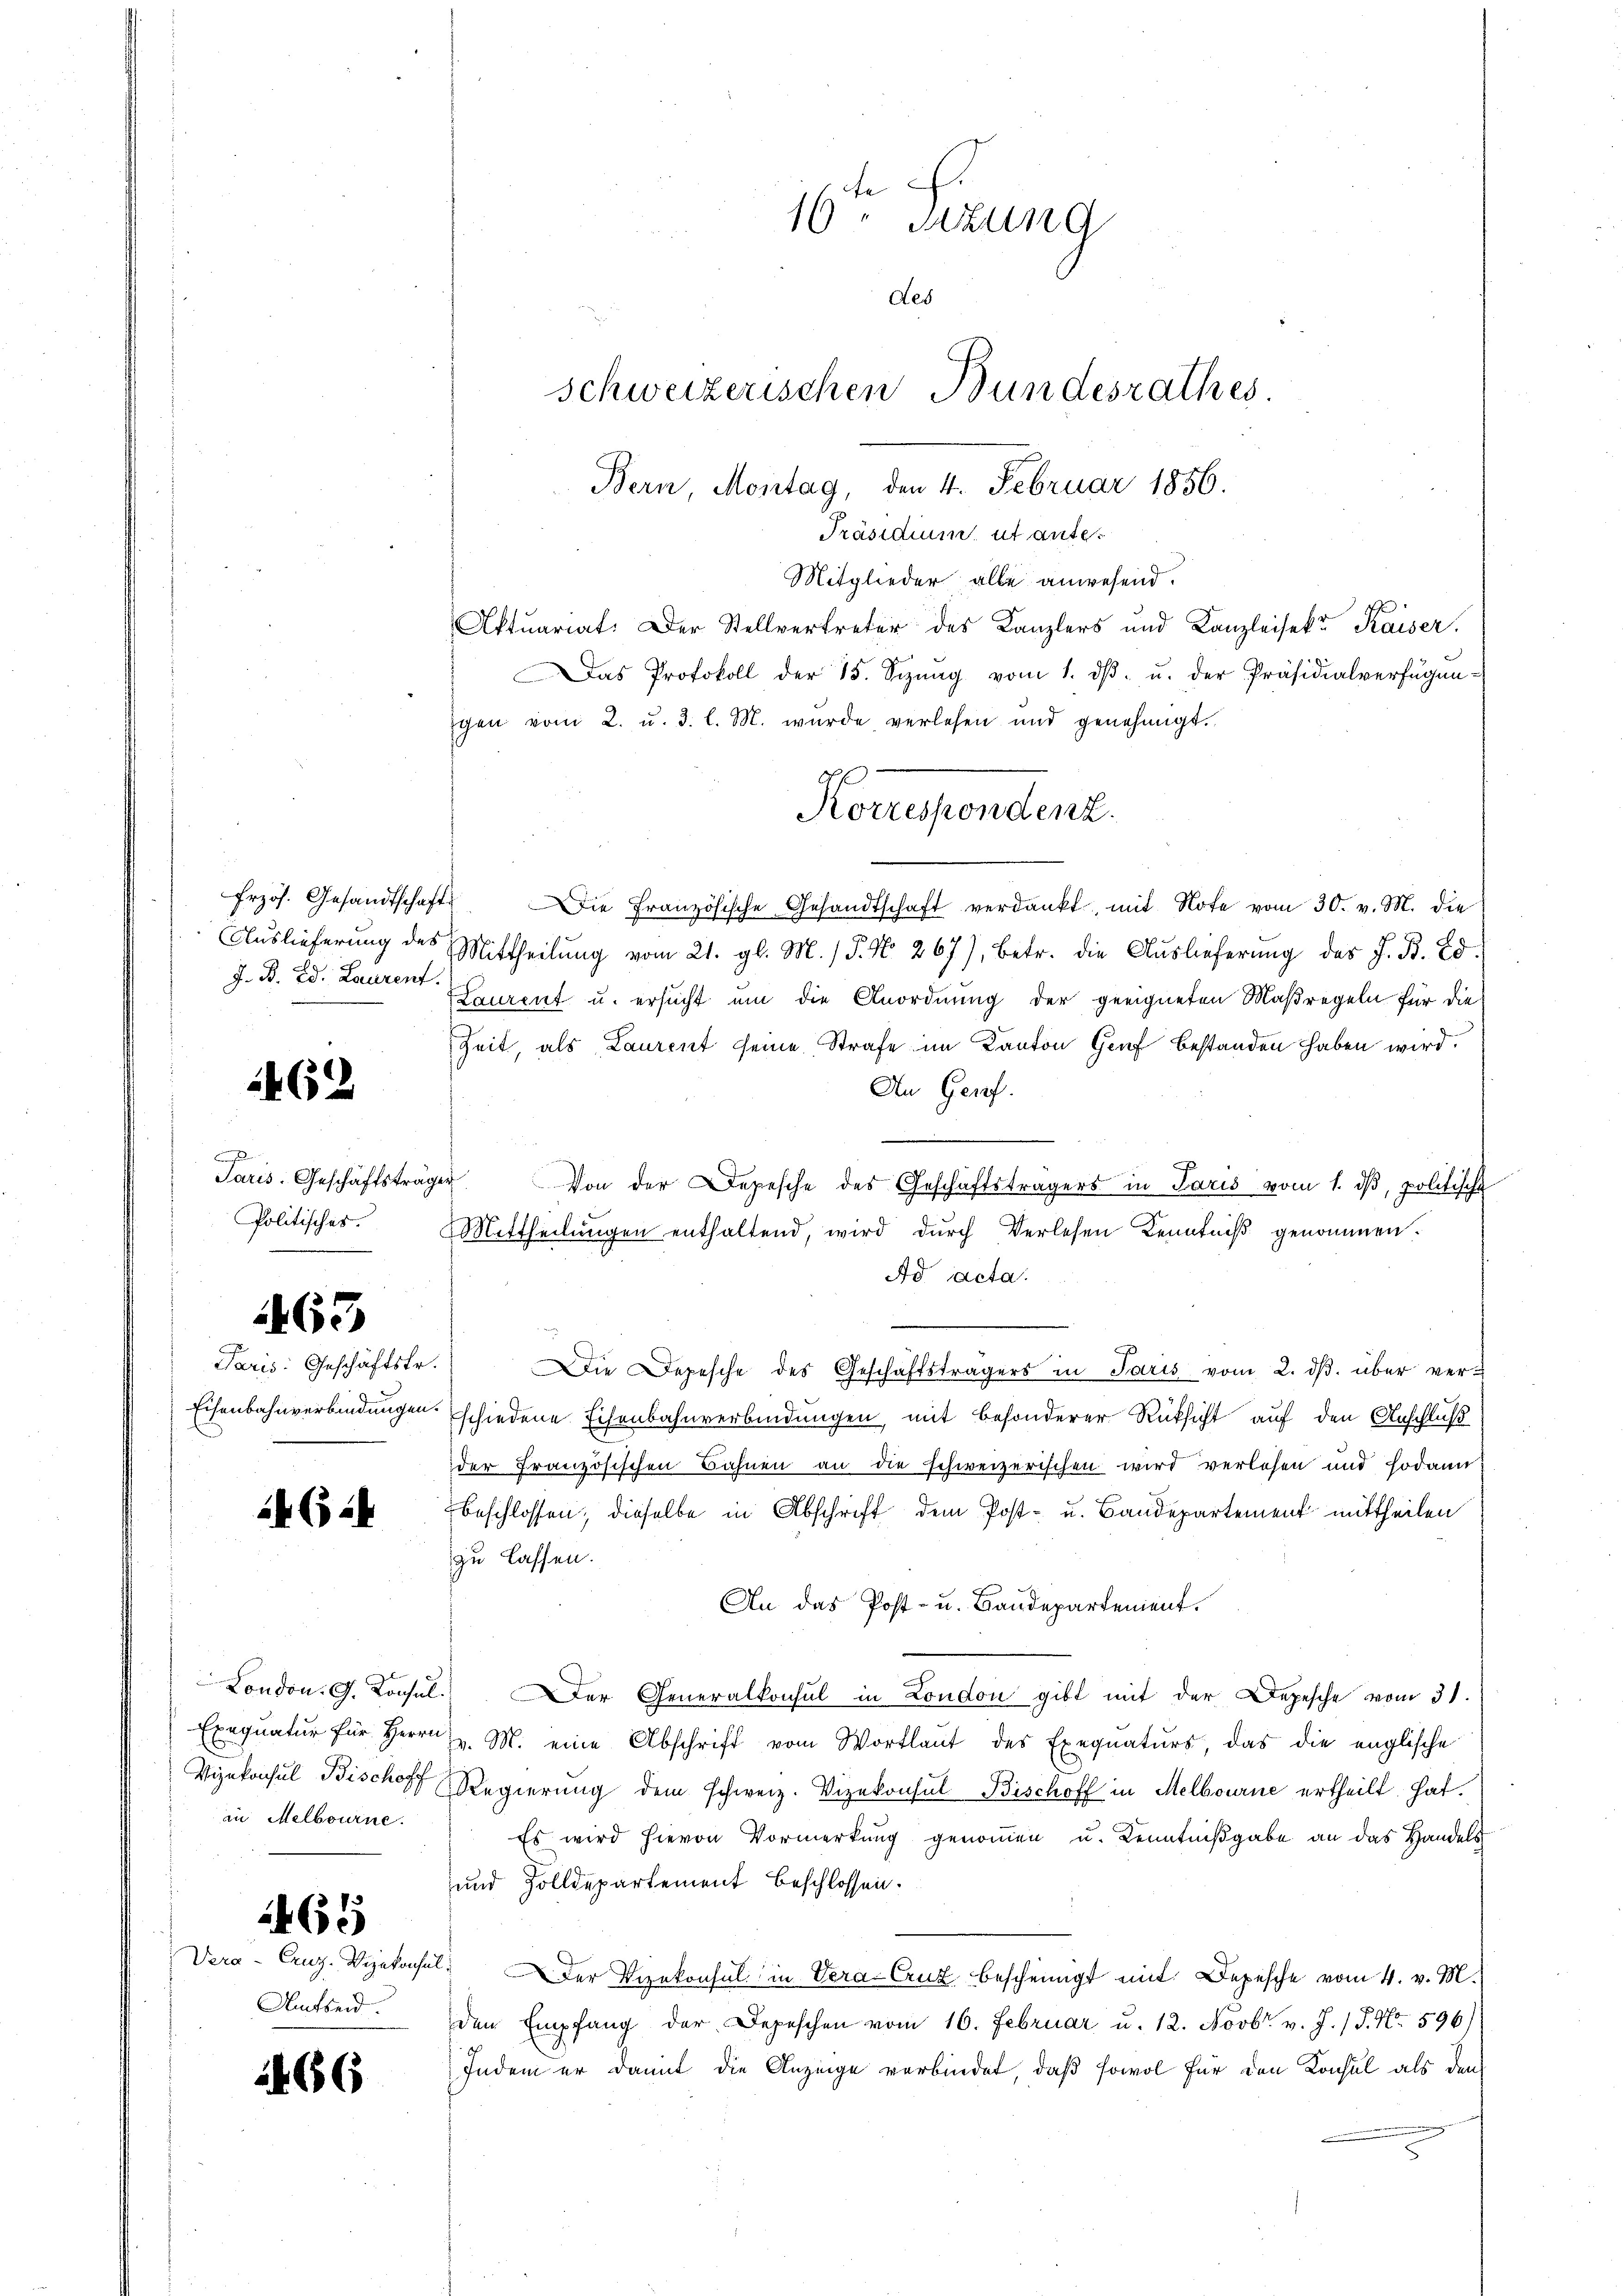
Präsidium, ut ante¬
Mitglieder alle anwesend.
Aktuariat. Der Stellvertreter des Kanzlers und Kanzleisekt Kaiser.
Das Protokoll der 15. Sizŭng vom 1. dβ. u. der Präsidialverfügun-
gen vom 2. u. 3. l. M. wurde verlesen und genehmigt.
frzös. Gesandtschaft. Die Französische Gesandtschaft verdankt, mit Note vom 30. v. M. die
Auslieferung des Mittheilung vom 21. gl. M. / 5. No. 267), betr. die Auslieferung des J. B. Ed.
Laurent u. ersucht um die Anordnung der geeigneten Maßregeln für die
Zeit, als Laurent seine Strafe im Kanton Genf bestanden haben wird.
An Genf.
Von der Depesche des Geschäftsträgers in Paris vom 1. ds, politische
Mittheilungen enthaltend, wird durch Verlesen Kenntniß genommen.
Ad acta.
.
Paris. Geschäftstr. Die Depesche des Geschäftsträgers in Paris vom 2. dβ. über ver-
Eisenbahnverbindungen schiedene Eisenbahnverbindungen, mit besonderer Rücksicht auf den Anschluß
der Französischen Bahnen an die schweizerischen wird verlesen und sodann
beschlossen, dieselbe in Abschrift dem Post- u. Baudepartement mittheilen
zu lassen.
An das Post- u. Bandepartement.
London. G. Konsul er Generalkonsul in London gibt mit der Depesche vom 31.
Exeqŭatŭr für Herrn J. M. eine Abschrift vom Wortlaut des Exeqŭatŭrs, das die englische
Vizekonsul Bischoff Regierung dem schweiz. Vizekonsul Bischoff in Melbourne ertheilt hat.
Es wird hievon Vormerkung genommen u. Kenntnißgabe an das Handels
und Zolldepartement beschlossen.
Vera-Crug. Vizekonsul der Vizekonsul in Vera-Cruz bescheinigt mit Depesche vom 4. v. M.
den Empfang der Depeschen vom 16. Februar u. 12. Novbr. v. J. / P. Nr. 596)
Indem er damit die Anzinge verbindet, daß sowol für den Konsul als den

J. B. Ed. Laurent.

462

.
Paris. Geschäftsträger
Politisches.

63

62

in Melbourne.

1465

Amtseid.

266

16ten Satzung
des
schweizerischen Bundesrathes.
Bern, Montag, den 4. Februar 1856.

Ap
Korrespondenz.